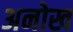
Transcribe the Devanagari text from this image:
अनोख